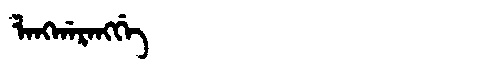
Manchu: ᠯᠠᠩᡤᠠᡵᠠᠩᡤᡝ
Romanization: LANGGARANGGE